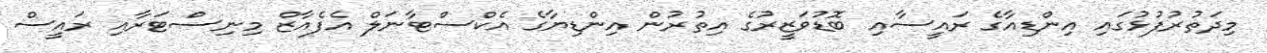
މިދަތުރުފުޅުގައި އިންޑިއާގެ ރައީސާއި ބޮޑުވަޒީރުގެ އިތުރުން އިންޑިޔާގެ އެކްސްޓާނަލް އެފެއާޒް މިނިސްޓަރާއި ރައީސް